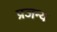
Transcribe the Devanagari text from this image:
प्रजन्य